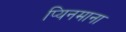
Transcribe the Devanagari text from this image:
प्यिनमाना